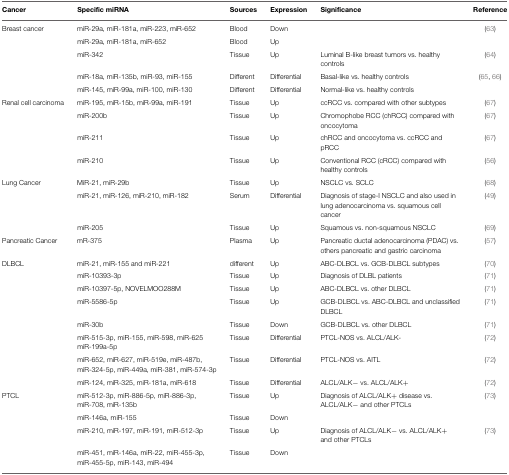
<table><thead><tr><td><b>Cancer</b></td><td><b>Specific miRNA</b></td><td><b>Sources</b></td><td><b>Expression</b></td><td><b>Significance</b></td><td><b>Reference</b></td></tr></thead><tbody><tr><td>Breast cancer</td><td>miR-29a, miR-181a, miR-223, miR-652</td><td>Blood</td><td>Down</td><td></td><td>(63)</td></tr><tr><td></td><td>miR-29a, miR-181a, miR-652</td><td>Blood</td><td>Up</td><td></td></tr><tr><td></td><td>miR-342</td><td>Tissue</td><td>Up</td><td>Luminal B-like breast tumors vs. healthy controls</td><td>(64)</td></tr><tr><td></td><td>miR-18a, miR-135b, miR-93, miR-155</td><td>Different</td><td>Differential</td><td>Basal-like vs. healthy controls</td><td>(65, 66)</td></tr><tr><td></td><td>miR-145, miR-99a, miR-100, miR-130</td><td>Different</td><td>Differential</td><td>Normal-like vs. healthy controls</td><td></td></tr><tr><td>Renal cell carcinoma</td><td>miR-195, miR-15b, miR-99a, miR-191</td><td>Tissue</td><td>Up</td><td>ccRCC vs. compared with other subtypes</td><td>(67)</td></tr><tr><td></td><td>miR-200b</td><td>Tissue</td><td>Up</td><td>Chromophobe RCC (chRCC) compared with oncocytoma</td><td>(67)</td></tr><tr><td></td><td>miR-211</td><td>Tissue</td><td>Up</td><td>chRCC and oncocytoma vs. ccRCC and pRCC</td><td>(67)</td></tr><tr><td></td><td>miR-210</td><td>Tissue</td><td>Up</td><td>Conventional RCC (cRCC) compared with healthy controls</td><td>(56)</td></tr><tr><td>Lung Cancer</td><td>MiR-21, miR-29b</td><td>Tissue</td><td>Up</td><td>NSCLC vs. SCLC</td><td>(68)</td></tr><tr><td></td><td>miR-21, miR-126, miR-210, miR-182</td><td>Serum</td><td>Differential</td><td>Diagnosis of stage-I NSCLC and also used in lung adenocarcinoma vs. squamous cell cancer</td><td>(49)</td></tr><tr><td></td><td>miR-205</td><td>Tissue</td><td>Up</td><td>Squamous vs. non-squamous NSCLC</td><td>(69)</td></tr><tr><td>Pancreatic Cancer</td><td>mR-375</td><td>Plasma</td><td>Up</td><td>Pancreatic ductal adenocarcinoma (PDAC) vs. others pancreatic and gastric carcinoma</td><td>(57)</td></tr><tr><td>DLBCL</td><td>miR-21, miR-155 and miR-221</td><td>different</td><td>Up</td><td>ABC-DLBCL vs. GCB-DLBCL subtypes</td><td>(70)</td></tr><tr><td></td><td>miR-10393-3p</td><td>Tissue</td><td>Up</td><td>Diagnosis of DLBL patients</td><td>(71)</td></tr><tr><td></td><td>miR-10397-5p, NOVELMOO288M</td><td>Tissue</td><td>Up</td><td>ABC-DLBCL vs. other DLBCL</td><td>(71)</td></tr><tr><td></td><td>miR-5586-5p</td><td>Tissue</td><td>Up</td><td>GCB-DLBCL vs. ABC-DLBCL and unclassified DLBCL</td><td>(71)</td></tr><tr><td></td><td>miR-30b</td><td>Tissue</td><td>Down</td><td>GCB-DLBCL vs. other DLBCL</td><td>(71)</td></tr><tr><td></td><td>miR-515-3p, miR-155, miR-598, miR-625 miR-199a-5p</td><td>Tissue</td><td>Differential</td><td>PTCL-NOS vs. ALCL/ALK-</td><td>(72)</td></tr><tr><td></td><td>miR-652, miR-627, miR-519e, miR-487b, miR-324-5p, miR-449a, miR-381, miR-574-3p</td><td>Tissue</td><td>Differential</td><td>PTCL-NOS vs. AITL</td><td>(72)</td></tr><tr><td></td><td>miR-124, miR-325, miR-181a, miR-618</td><td>Tissue</td><td>Differential</td><td>ALCL/ALK− vs. ALCL/ALK+</td><td>(72)</td></tr><tr><td>PTCL</td><td>miR-512-3p, miR-886-5p, miR-886-3p, miR-708, miR-135b</td><td>Tissue</td><td>Up</td><td>Diagnosis of ALCL/ALK+ disease vs. ALCL/ALK− and other PTCLs</td><td>(73)</td></tr><tr><td></td><td>miR-146a, miR-155</td><td>Tissue</td><td>Down</td><td></td></tr><tr><td></td><td>miR-210, miR-197, miR-191, miR-512-3p</td><td>Tissue</td><td>Up</td><td>Diagnosis of ALCL/ALK− vs. ALCL/ALK+ and other PTCLs</td><td>(73)</td></tr><tr><td></td><td>miR-451, miR-146a, miR-22, miR-455-3p, miR-455-5p, miR-143, miR-494</td><td>Tissue</td><td>Down</td><td></td></tr></tbody></table>